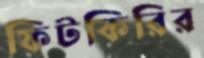
ফিটকিরির